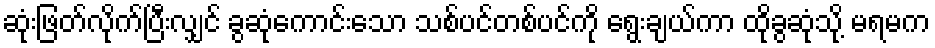
ဆုံးဖြတ်လိုက်ပြီးလျှင် ခွဆုံကောင်းသော သစ်ပင်တစ်ပင်ကို ရွေးချယ်ကာ ထိုခွဆုံသို့ မရမက